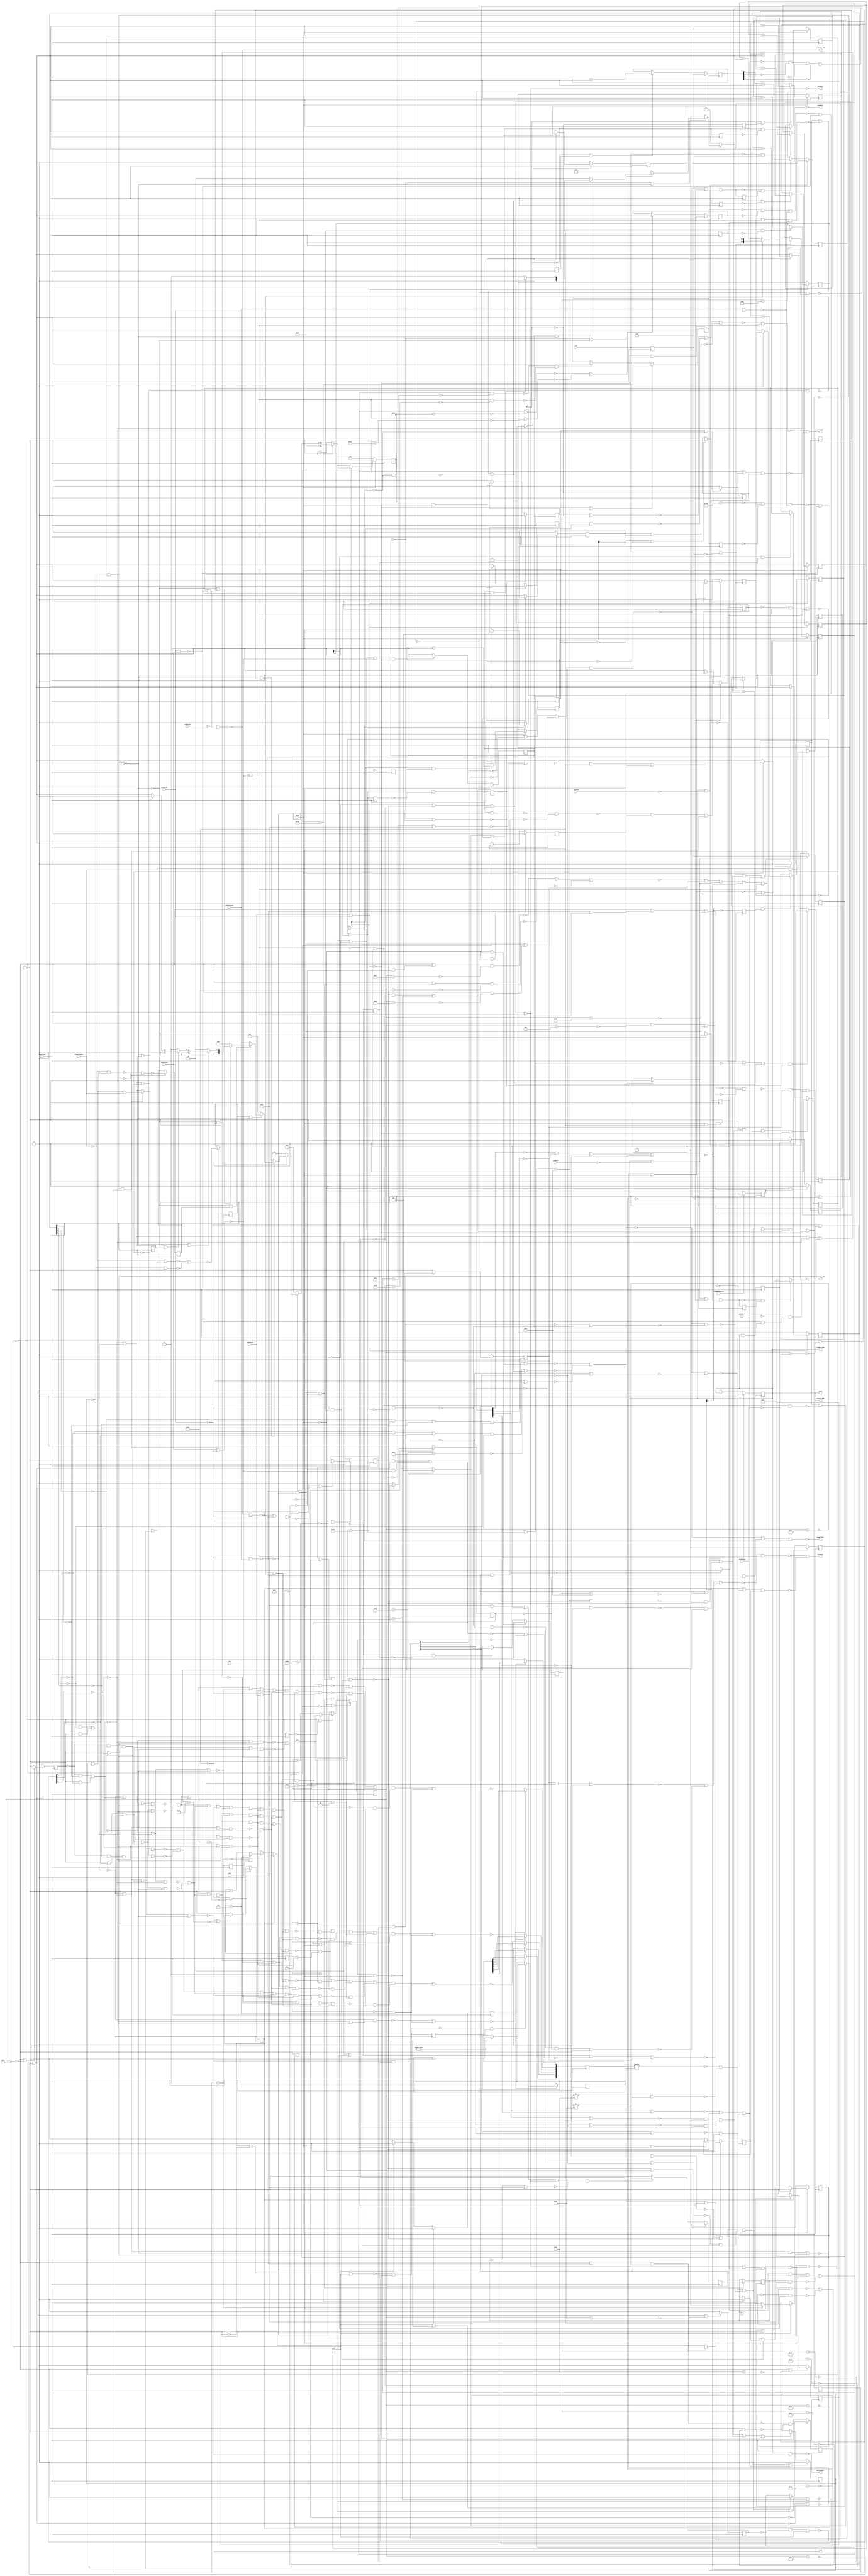
module ay38500NTSC(
	output pinRPout,
	output pinLPout,
	output pinBallOut,
	input pinManualServe,
	output pinRPin_DWN,
	input pinRPin,
	input pinBallAngle,
	output pinLPin_DWN,
	input pinLPin,
	input pinBatSize,
	input pinBallSpeed,
	output pinSyncOut,
	output pinSound,
	input clk,
	input pinHitIn,
	output pinRifle1_DWN,
	input pinRifle1,
	input pinRifle2,
	input pinShotIn,
	output pinTennis_DWN,
	input pinTennis,
	output pinSFout,
	input pinSoccer,
	input pinSquash,
	input pinPractice,
	input reset,
	output syncH,//MC: split syncs were accessed
	output syncV,
	input superclock);

	//wire pinLPin = counter3 > 50;
	//wire pinRPin = counter3 > 70;
	assign syncH = !flop7;
	assign syncV = flop6;
	assign pinRPout = !or28;//temp
	assign pinLPout = !or38;
	assign pinBallOut = !or2;
	assign pinRPin_DWN = flop6;//MC: The ORs were bypassed 
	assign pinLPin_DWN = flop6;
	assign pinSyncOut = !or56;
	assign pinSound = or69;
	assign pinRifle1_DWN = !or150;
	assign pinTennis_DWN = !or211;
	assign pinSFout = or212;
	reg pulser0 = 0;//flop6;
	reg pulser1 = 0;//(!or170 | pulser1_delay);
	reg pulser0_delay = 0;
	reg pulser1_delay = 0;
	//MC: Pulsers always added manually
	always @(posedge superclock) begin
		pulser0_delay <= flop6;
		pulser0 <= flop6 & !pulser0_delay;
		pulser1_delay <= or170;
		pulser1 <= or170 & !pulser1_delay;//was negedge
	end
	//MC: flop0 was tweaked
	reg flop0 = 0;
	always @(posedge superclock) begin
		flop0 <= flop2;
	end
	reg flop1 = 0;
	always @(posedge superclock) begin
		if(!or213 | counter5_2268)
			flop1 <= 0;
		else if(!or3 | !or6)
			flop1 <= 1;
	end
	reg flop2 = 0;
	always @(posedge superclock) begin
		if(!or213 | counter4_2130)
			flop2 <= 0;
		else if(!or18 | !or19)
			flop2 <= 1;
	end
	reg flop3 = 0;//MC: set/reset priority have been reversed + reset added to flop3_set's OR
	always @(posedge superclock) begin
		if(!pinManualServe)// | reset
			flop3 <= 0;
		else if(!or4)
			flop3 <= 1;
	end
	reg flop4 = 0;
	always @(posedge superclock) begin
		if(!or16 | or24 | or27 | !or213)
			flop4 <= 0;
		else if(!or15 | or23 | or22)
			flop4 <= 1;
	end
	reg flop5 = 0;
	always @(posedge superclock) begin
		if(or27 | or22)
			flop5 <= 0;
		else if(or24 | or23 | !or213)
			flop5 <= 1;
	end
	reg flop6 = 0;
	always @(posedge superclock) begin
		if(!reset | !or88)
			flop6 <= 0;
		else if(!or86)
			flop6 <= 1;
	end
	reg flop7 = 0;
	always @(posedge superclock) begin
		if(!reset | !or63)
			flop7 <= 0;
		else if(!or74)
			flop7 <= 1;
	end
	reg flop8 = 0;
	reg flop9 = 0;
	reg flop10 = 0;
	reg flop11 = 0;
	reg or8_delay = 0;
	always @(posedge superclock) begin
		or8_delay <= or8;
		if(!or8 & or8_delay) begin
			flop8 <= or55;
			flop9 <= !or49;
			flop10 <= or66;
			flop11 <= !or51;
		end
	end
	reg flop12 = 0;
	always @(posedge superclock) begin
		if(!or92)
			flop12 <= 0;
		else if(!or90)
			flop12 <= 1;
	end
	reg flop13 = 0;
	always @(posedge superclock) begin
		if(!or169)
			flop13 <= 0;
		else if(!flop26 | !and18)
			flop13 <= 1;
	end
	reg flop14 = 0;
	always @(posedge superclock) begin
		if(pulser1)
			flop14 <= 0;
		else if(!and18)
			flop14 <= 1;
	end
	reg flop15 = 0;
	always @(posedge superclock) begin
		if(!or135)
			flop15 <= 0;
		else if(!or136)
			flop15 <= 1;
	end
	reg flop16 = 0;
	always @(posedge superclock) begin
		if(or144)
			flop16 <= 0;
		else if(!and18)
			flop16 <= 1;
	end
	reg flop17 = 0;
	always @(posedge superclock) begin
		if(or149)
			flop17 <= 0;
		else if(or127 | !or153 | !or213)
			flop17 <= 1;
	end
	reg flop18 = 0;
	always @(posedge superclock) begin
		if(!reset)
			flop18 <= 0;
		else if(!or193 | !or200)
			flop18 <= 1;
	end
	reg flop19 = 0;
	always @(posedge superclock) begin
		if(!or155)
			flop19 <= 0;
		else if(!and18)
			flop19 <= 1;
	end
	reg flop20 = 0;
	always @(posedge superclock) begin
		if(!or143)
			flop20 <= 0;
		else if(!or142)
			flop20 <= 1;
	end
	reg flop21 = 0;
	always @(posedge superclock) begin
		if(or146)
			flop21 <= 0;
		else if(!or138)
			flop21 <= 1;
	end
	reg flop22 = 0;
	always @(posedge superclock) begin
		if(or152)
			flop22 <= flop21;
	end
	reg flop23 = 0;
	always @(posedge superclock) begin
		if(!or70)
			flop23 <= 0;
		else if(!or68)
			flop23 <= 1;
	end
	reg flop24 = 0;//MC: Set/Reset priority has been swapped
	always @(posedge superclock) begin
		if(flop25)
			flop24 <= 1;
		else if(!ripple_ctr9_2)
			flop24 <= 0;
	end
	reg flop25 = 0;//MC: Set/Reset priority has been swapped
	always @(posedge superclock) begin
		if(!or141)
			flop25 <= 1;
		else if(!ripple_ctr9_2 | flop24)
			flop25 <= 0;
	end
	reg flop26 = 0;
	always @(posedge superclock) begin
		if(!pinHitIn)
			flop26 <= 0;
		else if(!and18)
			flop26 <= 1;
	end
	reg flop27 = 0;
	always @(posedge superclock) begin
		if(!or199)
			flop27 <= 0;
		else if(!or166)
			flop27 <= 1;
	end
	reg flop28 = 0;
	always @(posedge superclock) begin
		if(!or124)
			flop28 <= 0;
		else if(!or70)
			flop28 <= 1;
	end
	reg flop29 = 0;
	always @(posedge superclock) begin
		if(!or164)
			flop29 <= 0;
		else if(!or199)
			flop29 <= 1;
	end
	reg flop30 = 0;
	always @(posedge superclock) begin
		if(!or199 | or205)
			flop30 <= 0;
		else if(!reset)
			flop30 <= 1;
	end
	reg flop31 = 0;
	always @(posedge superclock) begin
		if(!or188)
			flop31 <= 0;
		else if(!and18)
			flop31 <= 1;
	end
	reg flop32 = 0;
	always @(posedge superclock) begin
		if(!flop13 | !or155 | or144 | pulser1)
			flop32 <= 0;
		else if(!and18)
			flop32 <= 1;
	end
	reg flop33 = 0;
	always @(posedge superclock) begin
		if(!or193 | !or200 | !or205)
			flop33 <= 0;
		else if(!or210)
			flop33 <= 1;
	end
	reg flop34 = 0;
	always @(posedge superclock) begin
		if(!or181)
			flop34 <= 0;
		else if(!or177)
			flop34 <= 1;
	end
	reg flop35 = 0;
	always @(posedge superclock) begin
		if(!or168)
			flop35 <= 0;
		else if(!or178)
			flop35 <= 1;
	end
	wire and0 = !or26 & !or147;
	wire and1 = !or29 & or118;
	wire and2 = !or31 & !or147;
	wire and3 = !or34 & or118;
	wire and4 = !or36 & !or147;
	wire and5 = !or39 & or118;
	wire and6 = !or42 & !or147;
	wire and7 = !or43 & or118;
	wire and8 = !or117 & or0;
	wire and9 = !flop23 & ripple_ctr1_4;
	wire and10 = flop23 & ripple_ctr0_4;
	wire and11 = !flop23 & ripple_ctr1_3;
	wire and12 = flop23 & ripple_ctr0_3;
	wire and13 = !flop23 & ripple_ctr1_2;
	wire and14 = flop23 & ripple_ctr0_2;
	wire and15 = !flop23 & ripple_ctr1_5;
	wire and16 = flop23 & ripple_ctr0_5;
	wire and17 = flop4 & !or214;
	wire and18 = or1 & reset;
	wire and19 = !or214 & flop17;
	wire or0 = !or72 | !or73;
	wire or1 = ripple_ctr4_4 | ripple_ctr4_3 | ripple_ctr4_2 | ripple_ctr4_5;
	wire or2 = !or13 | or196 | pinHitIn;
	wire or3 = !or205 | !counter5_2254;
	wire or4 = !or176 | flop7;
	wire or5 = !counter5_2265 | !flop0 | !or209;
	wire or6 = or205 | !counter5_2263;
	wire or7 = !flop2 | !flop1 | !or209;
	wire or8 = !or16 | !or15 | or127 | or149 | !or213;
	wire or9 = pinBallSpeed | flop8;
	wire or10 = flop9 | pinBallSpeed;
	wire or11 = pinBallSpeed | flop11;
	wire or12 = !pinBallSpeed | flop10;
	wire or13 = !or7 | !or214;
	wire or14 = flop6 | !pinRPin;
	wire or15 = !or13 | !or195;
	wire or16 = !or13 | !or65;
	wire or17 = !or16 | !or15 | !or152 | !or67;
	wire or18 = !or205 | !counter4_2125;
	wire or19 = or205 | !counter4_2128;
	wire or20 = !ripple_ctr7_2 | !ripple_ctr7_3 | !ripple_ctr7_4 | !ripple_ctr7_5;
	wire or21 = or14 | !or54 | !or20;
	wire or22 = and6 | and7;
	wire or23 = and4 | and5;
	wire or24 = and2 | and3;
	wire or25 = !ripple_ctr8_2 | !ripple_ctr8_3 | !ripple_ctr8_4 | !ripple_ctr8_5;
	wire or26 = !ripple_ctr7_4 | !ripple_ctr7_5;
	wire or27 = and0 | and1;
	wire or28 = !or120 | flop34 | or14 | !or20 | or205;
	wire or29 = !ripple_ctr8_4 | !ripple_ctr8_5;
	wire or30 = !flop5 | !flop4;
	wire or31 = ripple_ctr7_4 | !ripple_ctr7_5;
	wire or32 = !flop17 | pinBallSpeed;
	wire or33 = !flop5 | flop4;
	wire or34 = ripple_ctr8_4 | !ripple_ctr8_5;
	wire or35 = !flop4 | flop5;
	wire or36 = !ripple_ctr7_4 | ripple_ctr7_5;
	wire or37 = !flop17 | !pinBallSpeed;
	wire or38 = !or119 | flop34 | or48 | !or25 | or205;
	wire or39 = !ripple_ctr8_4 | ripple_ctr8_5;
	wire or40 = flop17 | pinBallSpeed;
	wire or41 = flop4 | flop5;
	wire or42 = ripple_ctr7_4 | ripple_ctr7_5;
	wire or43 = ripple_ctr8_5 | ripple_ctr8_4;
	wire or44 = flop17 | !pinBallSpeed;
	wire or45 = !or25 | !or54 | or48;
	wire or46 = !pinBallAngle | or41;
	wire or47 = !pinBallAngle | or35;
	wire or48 = flop6 | !pinLPin;
	wire or49 = !or47 | !or30;
	wire or50 = !or32 | !or37 | !or40 | !or44 | !reset;
	wire or51 = !or46 | !or33;
	wire or52 = !pinBatSize | !ripple_ctr10_2;
	wire or53 = flop7 | pinBatSize;
	wire or54 = !or53 | !or52;
	wire or55 = or35 | pinBallAngle;
	wire or56 = flop6 | !flop7;
	wire or57 = !reset | !or74;
	wire or58 = !reset | !or88;
	wire or59 = !pinBallSpeed | flop9;
	wire or60 = pinBallSpeed | flop10;
	wire or61 = !pinBallSpeed | flop8;
	wire or62 = !pinBallSpeed | flop11;
	wire or63 = ripple_ctr9_2 | !counter2_2060;
	wire or64 = ripple_ctr9_2 | !counter2_2048;
	wire or65 = !or181 | !or71;
	wire or66 = or41 | pinBallAngle;
	wire or67 = or158 | !or176;
	wire or68 = ripple_ctr9_2 | !counter2_2031;
	wire or69 = !or130 | !or133;
	wire or70 = ripple_ctr9_2 | !counter2_2013;
	wire or71 = !flop7 | !counter3_2020;
	wire or72 = and11 | and12;
	wire or73 = and9 | and10;
	wire or74 = ripple_ctr9_2 | !counter2_2064;
	wire or75 = !or117 | !or112 | !or72 | !or73;
	wire or76 = or107 | or106 | or105 | !or95 | !or96 | !or97 | !or98 | or110 | or109;
	wire or77 = or107 | or106 | !or96 | !or97 | !or98 | or110 | or109 | or108;
	wire or78 = or107 | or106 | or105 | !or95 | !or96 | !or97 | !or98 | or110 | or109 | or108;
	wire or79 = or107 | or106 | or105 | !or95 | !or97 | !or98 | or108;
	wire or80 = or107 | or105 | !or95 | !or96 | !or97 | !or98 | or110 | or108;
	wire or81 = or107 | or105 | !or95 | !or97 | !or98 | or110 | or108;
	wire or82 = !or95 | !or97 | or110 | or108;
	wire or83 = or107 | or106 | or105 | !or95 | !or97 | !or98 | or110 | or108;
	wire or84 = or106 | or105 | !or95 | !or97 | !or98 | or110;
	wire or85 = or107 | or106 | or105 | !or95 | !or96 | !or97 | !or98 | or110 | or108;
	wire or86 = !or63 | !counter3_2129;
	wire or87 = !or117 | or112 | !or72 | !or73;
	wire or88 = !or63 | !counter3_2131;
	wire or89 = !or117 | !or112 | or72 | !or73;
	wire or90 = !flop7 | !counter3_2034;
	wire or91 = !or117 | or112 | or72 | !or73;
	wire or92 = !flop7 | !counter3_2022;
	wire or93 = !or117 | !or112 | or73 | !or72;
	wire or94 = !or117 | or112 | or73 | !or72;
	wire or95 = !or117 | !or112 | or73 | or72;
	wire or96 = !or117 | or112 | or73 | or72;
	wire or97 = !or112 | or117 | !or72 | !or73;
	wire or98 = or112 | or117 | !or72 | !or73;
	wire or99 = !or112 | or117 | or72 | !or73;
	wire or100 = or112 | or117 | or72 | !or73;
	wire or101 = !or112 | or117 | or73 | !or72;
	wire or102 = or112 | or117 | or73 | !or72;
	wire or103 = !or112 | or117 | or73 | or72;
	wire or104 = or112 | or117 | or73 | or72;
	wire or105 = !or94 | !or104;
	wire or106 = !or93 | !or103;
	wire or107 = !or91 | !or102;
	wire or108 = !or89 | !or101;
	wire or109 = !or87 | !or100;
	wire or110 = !or75 | !or99;
	wire or111 = counter1_2000 | counter1_2006;
	wire or112 = and13 | and14;
	wire or113 = !and8 | or111;
	wire or114 = mux2_100 | or111;
	wire or115 = mux0_100 | or111;
	wire or116 = mux1_100 | or111;
	wire or117 = and15 | and16;
	wire or118 = !or138 | !or128;
	wire or119 = !or137 | !or132;
	wire or120 = !or123 | !or122 | !or126;
	wire or121 = ripple_ctr9_2 | !counter2_2014;
	wire or122 = ripple_ctr9_2 | or204 | !counter2_2022;
	wire or123 = ripple_ctr9_2 | or206 | !counter2_2039;
	wire or124 = ripple_ctr9_2 | !counter2_2049;
	wire or125 = flop18 | or28;
	wire or126 = or202 | or64;
	wire or127 = !or148 | !or134;
	wire or128 = !or191 | or134;
	wire or129 = or38 | flop18 | !or191;
	wire or130 = !or131 | or205;
	wire or131 = !or139 | !or140 | !or151;
	wire or132 = or121 | or202;
	wire or133 = !or205 | ripple_ctr3_2 | flop13;
	wire or134 = !or176 | or129;
	wire or135 = ripple_ctr9_2 | !counter2_2029;
	wire or136 = ripple_ctr9_2 | !counter2_2024;
	wire or137 = ripple_ctr9_2 | or207 | !counter2_2040;
	wire or138 = or191 | !or176 | flop18 | or38 | !or165;
	wire or139 = flop14 | ripple_ctr3_2;
	wire or140 = flop16 | !ripple_ctr5_2;
	wire or141 = !or142 | !or136;
	wire or142 = ripple_ctr9_2 | !or189 | !counter2_2033;
	wire or143 = ripple_ctr9_2 | !counter2_2038;
	wire or144 = !or134 | !or147 | !or138;
	wire or145 = !or182 | !or172;
	wire or146 = !or147 | !reset;
	wire or147 = or125 | !or176 | !or167;
	wire or148 = or161 | !or176;
	wire or149 = !or147 | !or138 | !or67;
	wire or150 = !pinRifle1 | and17;
	wire or151 = flop19 | !ripple_ctr6_2;
	wire or152 = !or176 | or161;
	wire or153 = pinRifle2 | !pinSoccer;
	wire or154 = !flop17 | !or191;
	wire or155 = !or17 | or170;
	wire or156 = !flop21 | or191;
	wire or157 = !or154 | !or156;
	wire or158 = flop35 | or124 | or204 | !or153;
	wire or159 = flop17 | !or191;
	wire or160 = flop34 | or202 | or68;
	wire or161 = flop35 | or70 | or203;
	wire or162 = flop21 | or191;
	wire or163 = !or159 | !or162;
	wire or164 = !or163 | flop7 | !or176;
	wire or165 = !flop22 | or191;
	wire or166 = !or157 | flop7 | !or176;
	wire or167 = flop22 | or191;
	wire or168 = !flop7 | !counter3_2096;
	wire or169 = flop26 | !pinHitIn;
	wire or170 = !flop29 | flop27;
	wire or171 = !or161 | !or158;
	wire or172 = flop12 | !flop20 | !ripple_ctr9_2;
	wire or173 = !flop27 | or205 | flop18;
	wire or174 = ripple_ctr10_2 | !or171 | flop34;
	wire or175 = !or124 | !or70;
	wire or176 = !or5 | !or214;
	wire or177 = !flop7 | !counter3_2117;
	wire or178 = !flop7 | or208 | !counter3_2041;
	wire or179 = !or205 | flop18 | !pinShotIn;
	wire or180 = !flop7 | !counter3_2116;
	wire or181 = !flop7 | !counter3_2021;
	wire or182 = flop12 | !flop15 | !ripple_ctr9_2;//172&182's Rin were not inverted
	wire or183 = flop30 | !or179 | !or173;
	wire or184 = !or160 | !or198 | !or174;
	wire or185 = !or150 | !pinSoccer;
	wire or186 = flop29 | or205 | flop18;
	wire or187 = !or184 | or205;
	wire or188 = !ripple_ctr6_2 | flop32;
	wire or189 = !pinSoccer | pinPractice;
	wire or190 = !or205 | flop18 | !pinHitIn;
	wire or191 = !pinSoccer | pinSquash;
	wire or192 = flop30 | !or186 | !or190;
	wire or193 = ripple_ctr1_4 | ripple_ctr1_3 | ripple_ctr1_2 | ripple_ctr1_5 | or183;
	wire or194 = !or180 | !or181;
	wire or195 = !or177 | !or180;
	wire or196 = flop34 | !flop28;
	wire or197 = flop12 | shift_reg0_104 | flop33;
	wire or198 = !or194 | !flop28 | ripple_ctr9_2;
	wire or199 = !or175 | !or176;
	wire or200 = ripple_ctr0_5 | ripple_ctr0_2 | ripple_ctr0_3 | ripple_ctr0_4 | or192;
	wire or201 = !pinSoccer | !or211;
	wire or202 = !or189 | !or191;
	wire or203 = !or201 | !or153;
	wire or204 = !or189 | !or191 | !or201;
	wire or205 = !or185 | !or153;
	wire or206 = !pinSoccer | !or201;
	wire or207 = !or189 | !or201;
	wire or208 = !or185 | !or189 | !or191;
	wire or209 = pinPractice | pinSoccer;
	wire or210 = reset | !or205;
	wire or211 = !pinTennis | and19;
	wire or212 = !or187 | !or197;
	wire or213 = pinSquash | pinSoccer;
	wire or214 = pinSoccer | pinRifle2;
	reg [5:0] shift_reg0 = 0;
	reg [3:0] shift_reg0_spot = 0;
	reg sr0_delay = 0;
	wire shift_reg0_104 = !shift_reg0[shift_reg0_spot] | !(counter2!=29 & counter2!=38);//Last two added as temporary patch to fix score width issue
	always @(posedge superclock) begin
		sr0_delay <= or145;
		if(!flop24) begin
			shift_reg0_spot <= 5;
			shift_reg0[0:0] <= 0;
			shift_reg0[1:1] <= !or115;
			shift_reg0[2:2] <= !or116;
			shift_reg0[3:3] <= !or114;
			shift_reg0[4:4] <= 0;
			shift_reg0[5:5] <= !or113;
		end
		else if(!or145 & sr0_delay) begin
			if(shift_reg0_spot!=0) begin
				shift_reg0_spot <= shift_reg0_spot - 1;
			end
		end
	end
	//MC: All ripple counter outputs (except paddle ones) have inverted resets & outputs
	reg [4:0] ripple_ctr0 = 0;
	reg rc0_delay = 0;
	wire ripple_ctr0_2 = !ripple_ctr0[0:0];
	wire ripple_ctr0_3 = !ripple_ctr0[1:1];
	wire ripple_ctr0_4 = !ripple_ctr0[2:2];
	wire ripple_ctr0_5 = !ripple_ctr0[3:3];
	always @(posedge superclock) begin
		rc0_delay <= or192;
		if(!reset)
			ripple_ctr0 <= 0;
		else if(or192 & !rc0_delay)
			ripple_ctr0 <= ripple_ctr0 + 1;
	end

	reg [4:0] ripple_ctr1 = 0;
	reg rc1_delay = 0;
	wire ripple_ctr1_2 = !ripple_ctr1[0:0];
	wire ripple_ctr1_3 = !ripple_ctr1[1:1];
	wire ripple_ctr1_4 = !ripple_ctr1[2:2];
	wire ripple_ctr1_5 = !ripple_ctr1[3:3];
	always @(posedge superclock) begin
		rc1_delay <= or183;
		if(!reset)
			ripple_ctr1 <= 0;
		else if(or183 & !rc1_delay)
			ripple_ctr1 <= ripple_ctr1 + 1;
	end

	reg [1:0] ripple_ctr2 = 0;
	reg rc2_delay = 0;
	wire ripple_ctr2_2 = !ripple_ctr2[0:0];
	always @(posedge superclock) begin
		rc2_delay <= ripple_ctr10_2;
		if(!or213)
			ripple_ctr2 <= 0;
		else if(!ripple_ctr10_2 & rc2_delay)
			ripple_ctr2 <= ripple_ctr2 + 1;
	end

	reg [1:0] ripple_ctr3 = 0;
	reg rc3_delay = 0;
	wire ripple_ctr3_2 = !ripple_ctr3[0:0];
	always @(posedge superclock) begin
		rc3_delay <= ripple_ctr2_2;
		if(!or213)
			ripple_ctr3 <= 0;
		else if(!ripple_ctr2_2 & rc3_delay)
			ripple_ctr3 <= ripple_ctr3 + 1;
	end

	reg [4:0] ripple_ctr4 = 0;
	reg rc4_delay = 0;
	wire ripple_ctr4_2 = !ripple_ctr4[0:0];
	wire ripple_ctr4_3 = !ripple_ctr4[1:1];
	wire ripple_ctr4_4 = !ripple_ctr4[2:2];
	wire ripple_ctr4_5 = !ripple_ctr4[3:3];
	always @(posedge superclock) begin
		rc4_delay <= or188;
		if(flop31)
			ripple_ctr4 <= 0;
		else if(!or188 & rc4_delay)
			ripple_ctr4 <= ripple_ctr4 + 1;
	end

	reg [1:0] ripple_ctr5 = 0;
	reg rc5_delay = 0;
	wire ripple_ctr5_2 = !ripple_ctr5[0:0];
	always @(posedge superclock) begin
		rc5_delay <= ripple_ctr3_2;		
		if(!reset)
			ripple_ctr5 <= 0;
		else if(!ripple_ctr3_2 & rc5_delay)
			ripple_ctr5 <= ripple_ctr5 + 1;
	end

	reg [1:0] ripple_ctr6 = 0;
	reg rc6_delay = 0;
	wire ripple_ctr6_2 = !ripple_ctr6[0:0];
	always @(posedge superclock) begin
		rc6_delay <= ripple_ctr5_2;
		if(!reset)
			ripple_ctr6 <= 0;
		else if(!ripple_ctr5_2 & rc6_delay)
			ripple_ctr6 <= ripple_ctr6 + 1;
	end

	reg [4:0] ripple_ctr7 = 0;
	reg rc7_delay = 0;
	wire ripple_ctr7_2 = ripple_ctr7[0:0];
	wire ripple_ctr7_3 = ripple_ctr7[1:1];
	wire ripple_ctr7_4 = ripple_ctr7[2:2];
	wire ripple_ctr7_5 = ripple_ctr7[3:3];
	always @(posedge superclock) begin
		rc7_delay <= or21;
		if(or14)
			ripple_ctr7 <= 0;
		else if(!or21 & rc7_delay)
			ripple_ctr7 <= ripple_ctr7 + 1;
	end

	reg [4:0] ripple_ctr8 = 0;
	reg rc8_delay = 0;
	wire ripple_ctr8_2 = ripple_ctr8[0:0];
	wire ripple_ctr8_3 = ripple_ctr8[1:1];
	wire ripple_ctr8_4 = ripple_ctr8[2:2];
	wire ripple_ctr8_5 = ripple_ctr8[3:3];
	always @(posedge superclock) begin
		rc8_delay <= or45;
		if(or48)
			ripple_ctr8 <= 0;
		else if(!or45 & rc8_delay)
			ripple_ctr8 <= ripple_ctr8 + 1;
	end

	reg [1:0] ripple_ctr9 = 0;
	reg rc9_delay = 0;
	wire ripple_ctr9_2 = !ripple_ctr9[0:0];
	always @(posedge superclock) begin
		rc9_delay <= clk;
		if(!or213)
			ripple_ctr9 <= 0;
		else if(!clk & rc9_delay)
			ripple_ctr9 <= ripple_ctr9 + 1;
	end

	reg [1:0] ripple_ctr10 = 0;
	reg rc10_delay = 0;
	wire ripple_ctr10_2 = !ripple_ctr10[0:0];
	always @(posedge superclock) begin
		rc10_delay <= flop7;
		if(!or213)
			ripple_ctr10 <= 0;
		else if(flop7 & !rc10_delay)
			ripple_ctr10 <= ripple_ctr10 + 1;
	end

	//MC: Add flop12 reset
	reg [2:0] counter0 = 0;
	reg c0_delay = 0;
	wire counter0_2003 = (counter0==3);
	always @(posedge superclock) begin
		c0_delay <= flop7;
		if(flop12)
			counter0 <= 0;		
		else if(!flop7 & c0_delay) begin
			if(counter0==3)//this was 6
				counter0 <= 0;
			else
				counter0 <= counter0 + 1;
		end
	end
	reg [3:0] counter1 = 0;
	reg c1_delay = 0;
	wire counter1_2005 = (counter1==5);
	wire counter1_2003 = (counter1==3);
	wire counter1_2006 = (counter1==6);
	wire counter1_2000 = (counter1==0);
	wire counter1_2001 = (counter1==1);
	wire counter1_2002 = (counter1==2);
	wire counter1_2004 = (counter1==4);
	always @(posedge superclock) begin
		c1_delay <= counter0_2003;
		if(flop12)
			counter1 <= 0;
		else if(!counter0_2003 & c1_delay) begin
			if(counter1==6)
				counter1 <= 0;
			else
				counter1 <= counter1 + 1;
		end
	end
	reg [7:0] counter2 = 0;
	reg c2_delay = 0;
	wire counter2_2038 = (counter2==38);
	wire counter2_2033 = (counter2==33);
	wire counter2_2029 = (counter2==29);
	wire counter2_2049 = (counter2==49);
	wire counter2_2022 = (counter2==22);
	wire counter2_2064 = (counter2==64);
	wire counter2_2048 = (counter2==48);
	wire counter2_2040 = (counter2==40);
	wire counter2_2039 = (counter2==39);
	wire counter2_2031 = (counter2==31);
	wire counter2_2024 = (counter2==24);
	wire counter2_2014 = (counter2==14);
	wire counter2_2013 = (counter2==13);
	wire counter2_2060 = (counter2==60);
	always @(posedge superclock) begin
		c2_delay <= ripple_ctr9_2;
		if(or57)
			counter2 <= 0;
		else if(ripple_ctr9_2 & !c2_delay) begin
			if(counter2==126)
				counter2 <= 0;
			else
				counter2 <= counter2 + 1;
		end
	end
	reg [8:0] counter3 = 0;
	reg c3_delay = 0;
	wire counter3_2129 = (counter3==129);
	wire counter3_2131 = (counter3==131);
	wire counter3_2117 = (counter3==117);
	wire counter3_2096 = (counter3==96);
	wire counter3_2022 = (counter3==22);
	wire counter3_2020 = (counter3==20);
	wire counter3_2116 = (counter3==116);
	wire counter3_2041 = (counter3==41);
	wire counter3_2034 = (counter3==34);
	wire counter3_2021 = (counter3==21);
	always @(posedge superclock) begin
		c3_delay <= ripple_ctr10_2;
		if(or58)
			counter3 <= 0;
		else if(ripple_ctr10_2 & !c3_delay) begin
			if(counter3==216)
				counter3 <= 0;
			else
				counter3 <= counter3 + 1;
		end
	end
	//MC: Multiple changes to jumping counters
	reg [8:0] counter4 = 0;
	reg counter4_delay = 0;
	reg counter4_jump = 0;
	wire counter4_2130 = (counter4==129);
	wire counter4_2125 = (counter4==125);
	wire counter4_2128 = (counter4==128);
	always @(posedge superclock) begin
		counter4_delay <= clk;
		if(!reset) begin
			counter4 <= 0;
		end
		else if(clk & !counter4_delay) begin
			if(counter4==129) begin
				counter4 <= !counter4_jump ? 2 : !or32 ? 0 : !or37 ? 1 : !or40 ? 4 : !or44 ? 3 : 0;
				counter4_jump <= 0;
			end
			else
				counter4 <= counter4 + 1;
		end
		if(!reset | flop3)// | counter4==129)
			counter4_jump <= 0;
		else if(pulser0)
			counter4_jump <= 1;
			
	end

	reg [9:0] counter5 = 0;
	reg counter5_delay = 0;
	reg counter5_jump = 0;
	wire counter5_2254 = (counter5==254);
	wire counter5_2263 = (counter5==263);
	wire counter5_2265 = (counter5==265);
	wire counter5_2268 = (counter5==267);
	always @(posedge superclock) begin
		counter5_delay <= flop7;
		if(!reset) begin
			counter5 <= 0;
		end
		else if(!flop7 & counter5_delay) begin//6-7-11-8-5-9-4-3-1-0
			if(counter5==267) begin
				counter5 <= !counter5_jump ? 6 : !or59 ? 7 : !or9 ? 11 : !or10 ? 8 : !or62 ? 5 : !or61 ? 9 : !or11 ? 4 : !or12 ? 3 : !or60 ? 1 : 0;
				counter5_jump <= 0;
			end
			else
				counter5 <= counter5 + 1;
		end
		if(!reset)// | counter5==267)
			counter5_jump <= 0;
		else if(pulser0)
			counter5_jump <= 1;
	end
	wire mux0_100 = (!or78 & counter1_2001) | (!or77 & counter1_2002) | (!or76 & counter1_2004);
	//MC: Some changes to this line
	wire mux1_100 = (!or81 & counter1_2005) | (!or80 & counter1_2001) | (!or79 & counter1_2003) | counter1_2002 | counter1_2004;//constants had to be added manually
	wire mux2_100 = (!or81 & counter1_2005) | (!or85 & counter1_2001) | (!or83 & counter1_2003) | (!or84 & counter1_2002) | (!or82 & counter1_2004);
endmodule